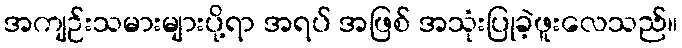
အကျဉ်းသမားများပို့ရာ အရပ် အဖြစ် အသုံးပြုခဲ့ဖူးလေသည်။